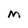
Character: M